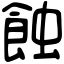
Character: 蝕